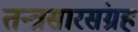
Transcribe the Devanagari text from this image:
तन्त्रसारसंग्रह